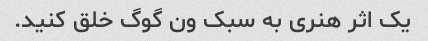
یک اثر هنری به سبک ون گوگ خلق کنید.